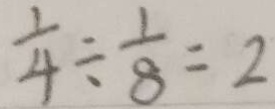
\frac { 1 } { 4 } \div \frac { 1 } { 8 } = 2